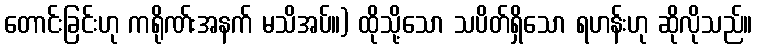
တောင်းခြင်းဟု ကရိုဏ်းအနက် မသိအပ်။) ထိုသို့သော သပိတ်ရှိသော ရဟန်းဟု ဆိုလိုသည်။